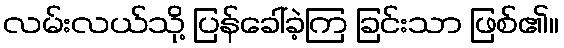
လမ်းလယ်သို့ ပြန်ခေါ်ခဲ့ကြ ခြင်းသာ ဖြစ်၏။